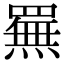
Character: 䍢